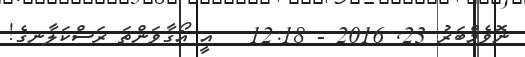
ނޮވެމްބަރު 23